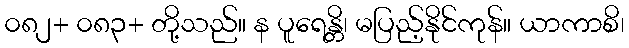
၀၈၂+ ၀၈၃+ တို့သည်။ န ပူရေန္တိ၊ မပြည့်နိုင်ကုန်။ ယာကာစိ၊